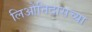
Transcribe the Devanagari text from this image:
लिओनिदासच्या